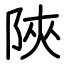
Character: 陜